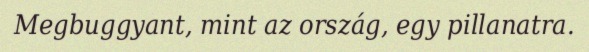
Megbuggyant, mint az ország, egy pillanatra.